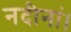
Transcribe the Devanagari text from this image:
नदीनां।